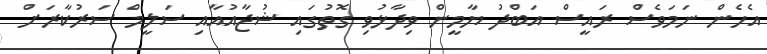
އެހެން ނަމަވެސް ރައީސް އަބްދު ޔާމީން ވިދާޅުވި ގޮތުގައި ޝުޖާއުއާއި ސަލީމް ސަރުކާރަށް